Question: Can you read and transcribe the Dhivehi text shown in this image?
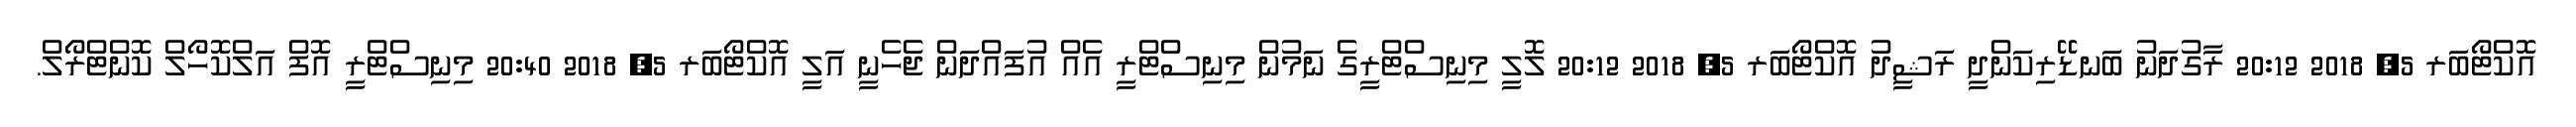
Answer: އޮކްޓޯބަރ 5, 2018 20:12 ރާގުދަނު ބަނޑޭރިކަންދީ ރަޝީދު އޮކްޓޯބަރ 5, 2018 20:12 ލޮލީ މިނިސްޓްރީގެ ނަމުން މިނިސްޓްރީ އެއް އުފައްދަން ޖެހެނީ އަލީ އޮކްޓޯބަރ 5, 2018 20:40 މިނިސްޓްރީ އޮފް އަލްކޮހޯލް ކޮންޓްރޯލް.